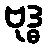
ဗုဒ္ဓ